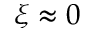
\xi \approx 0